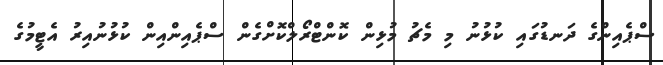
ސްޕެއިންގެ ދަނޑުގައި ކުޅުނު މި މެޗު މުޅިން ކޮންޓްރޯލްކޮށްގެން ސްޕެއިންއިން ކުޅުނުއިރު އެޓީމުގެ